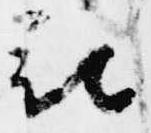
被